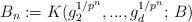
LaTeX: \begin{align*}B_{n}:=K(g_2^{1/p^n},...,g_{d}^{1/p^n};\, B)\end{align*}